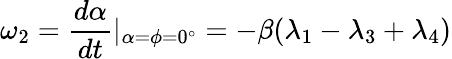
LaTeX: \omega_{2}=\frac{d\alpha}{dt}|_{\alpha=\phi=0^{\circ}}=-\beta(\lambda_{1}-\lambda_{3}+\lambda_{4})